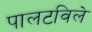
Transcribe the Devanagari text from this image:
पालटविले